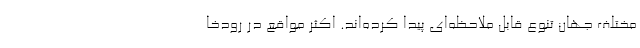
مختلف جهان تنوع قابل ملاحظه‌ای پیدا کرده‌اند. اکثر مواقع در رودخا